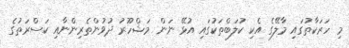
މި ހަރަކާތުގައި މާލޭގެ އެކި ކުލަބްތަކުގައި އުޅޭ ނަން މަޝްހޫރު ދުވުންތެރިންނާއި ކަސްރަތުގެ